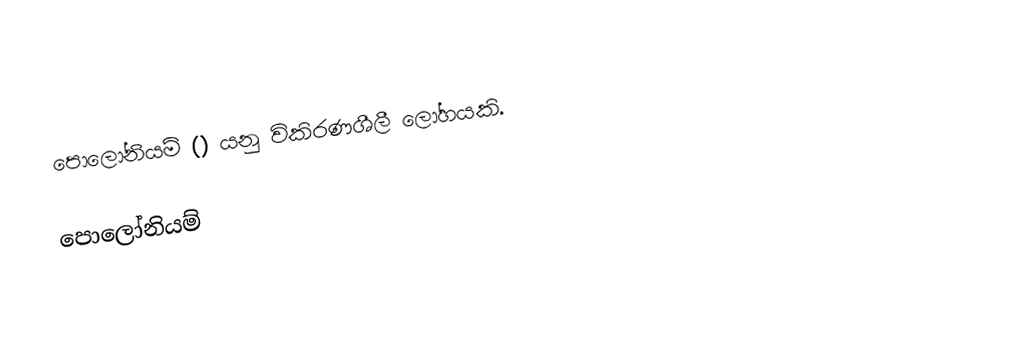
පොලෝනියම්  () යනු විකිරණශීලී ලෝහයකි.

පොලෝනියම්